Report on plague and inoculation in the Punjab from October 1st ... to September 30th..., being the ... season of plague in the province
Disease focus: Plague
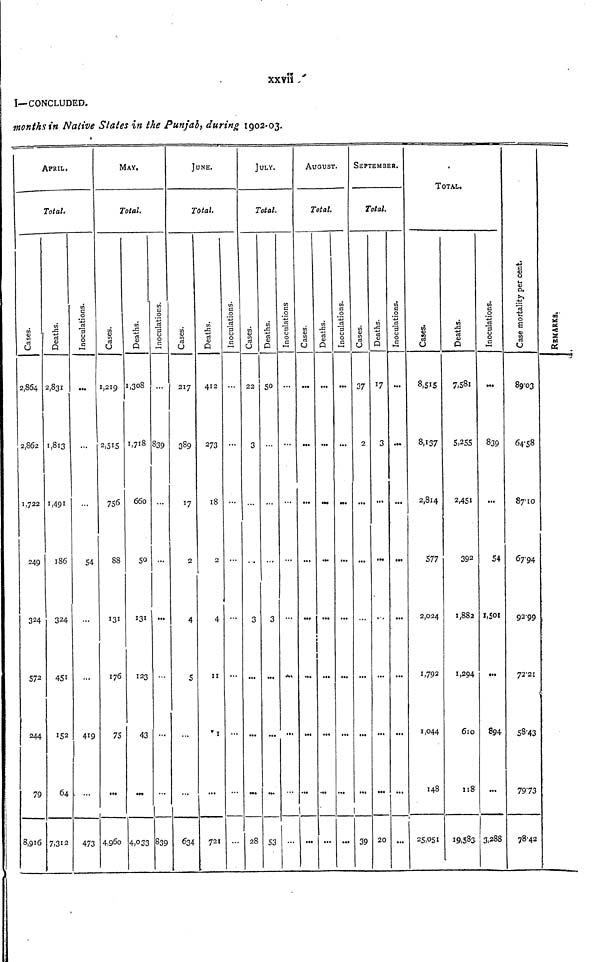
xxvii
I—CONCLUDED.
months in Native States in the Punjab, during 1902-03.
APRIL.
Total.
Cases
2,864
2,862
1,722
249
324
572
244
79
8,916
Deaths
2,831
1,813
1,491
186
324
451
152
64
7,312
Inoculations.
...
...
...
54
...
...
419
...
473
MAY.
Total.
Cases.
1,219
2,515
756
88
131
176
75
...
4,960
Deaths.
1,308
1,718
660
50
131
123
43
...
4,033
...
839
...
...
...
...
...
...
839
JUNE.
Total.
Cases.
217
389
17
...
4
5
...
...
634
Deaths.
412
273
18
2
4
11
1
...
721
Inoculations
...
...
...
...
...
...
...
...
...
JULY.
Total.
Cases.
22
3
...
...
3
...
...
...
28
Deaths
50
...
...
...
3
...
...
...
53
Inoculations
...
...
...
...
...
...
...
...
...
AUGUST.
Total.
Cases.
...
...
...
...
...
...
...
...
...
Deaths
...
...
...
...
...
...
...
...
...
Inoculations
...
...
...
...
...
...
...
...
...
SEPTEMBER.
Total.
Cases
37
2
...
...
...
...
...
...
39
Deaths
17
3
...
...
...
...
...
...
20
Inoculations
...
...
...
...
...
...
...
...
...
1
Cases
8,515
8,137
2,814
577
2,024
1,792
1,044
148
25,051
TOTAL
Deaths
7,581
5,255
2,451
392
1,882
1,294
610
118
19,583
Inoculations
...
839
...
54
1,501
...
894
...
3,288
Case mortality per cent.
89,03
6458
87.10
67.94
92.99
72.21
58.43
7973
78.42
Remarks.